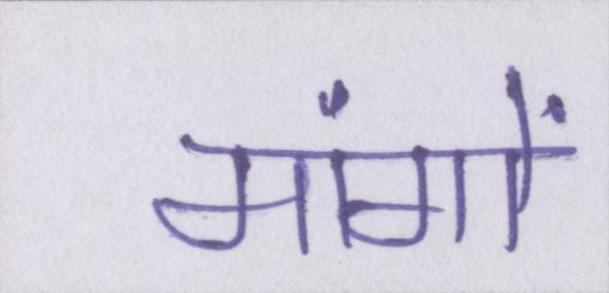
मांगों